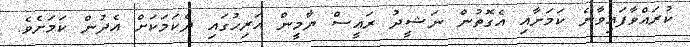
ކުރައްވާފައިވާނެ ކަމަށާއި އެގޮތުން ނަޝީދު ރައީސް ޔާމީން އަރިހުގައި ދެކަމަކަށް އެދުން ކަމަށެވެ.